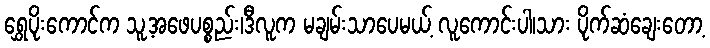
ရွှေပိုးကောင်က သူ့အဖေပစ္စည်း၊ဒီလူက မချမ်းသာပေမယ့် လူကောင်းပါ၊သား ပိုက်ဆံချေးတော့